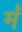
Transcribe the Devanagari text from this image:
मं॑